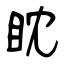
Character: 眈